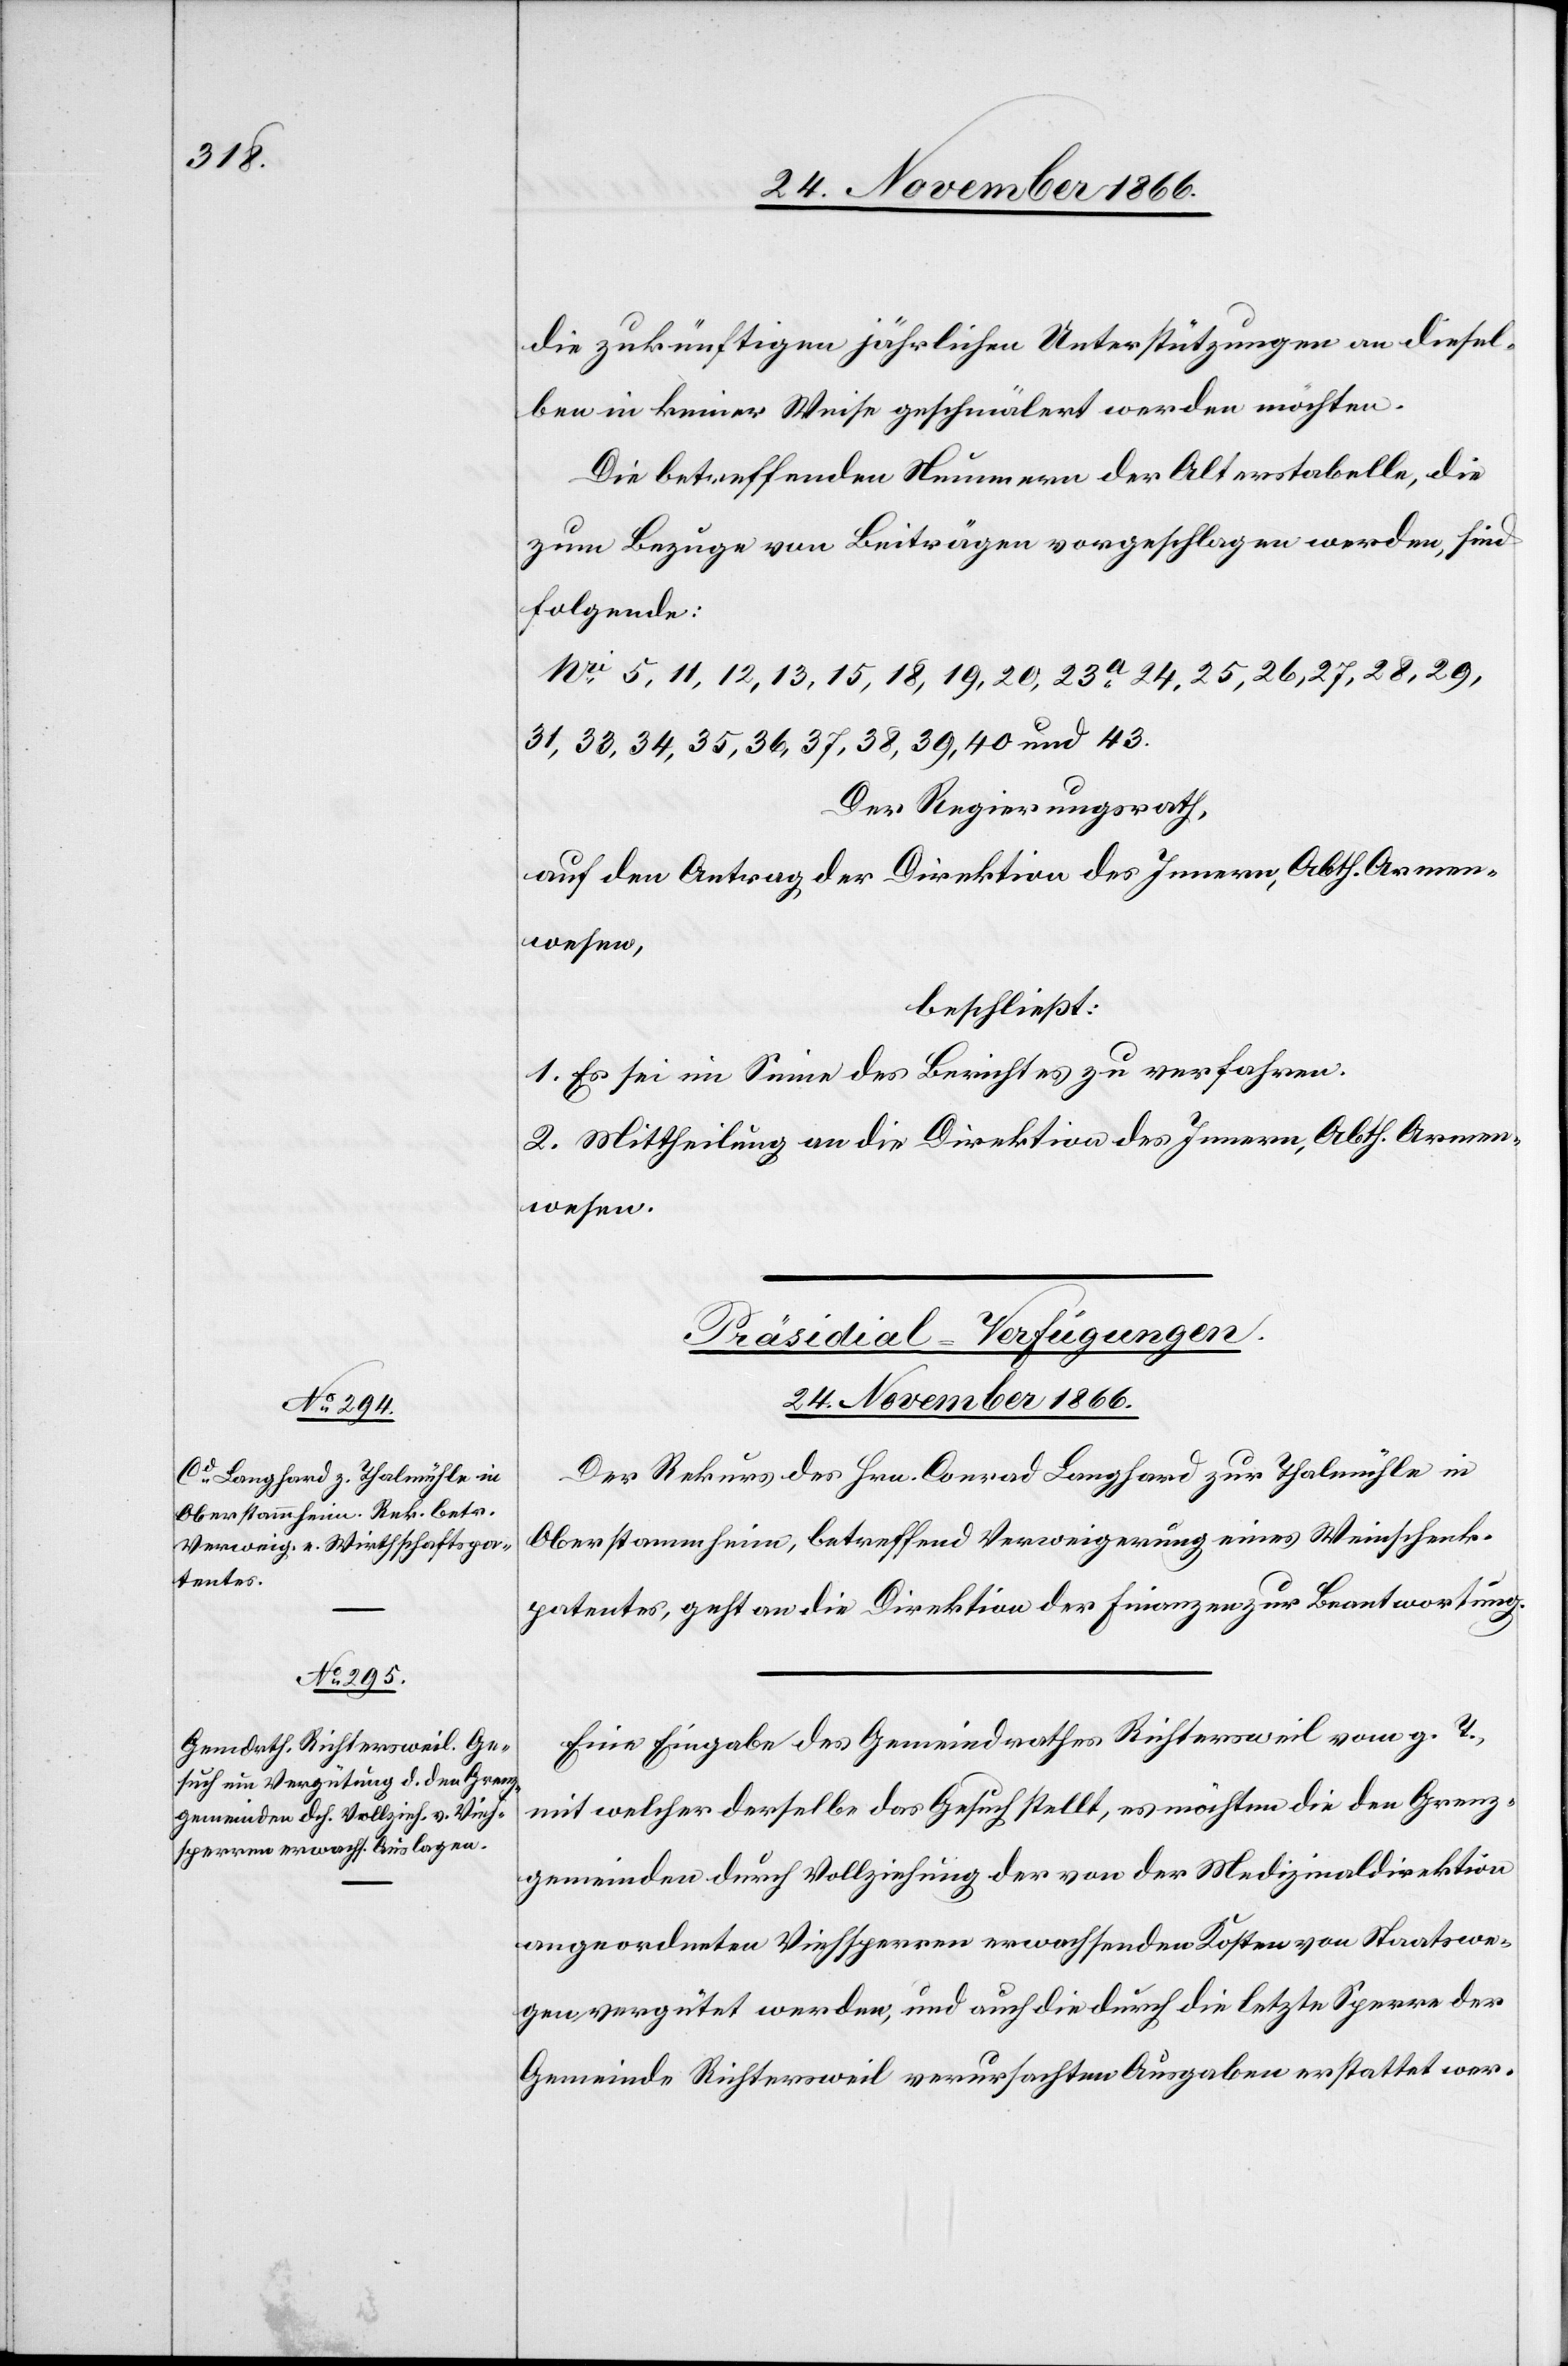
24. November 1866.]
die zukünftigen jährlichen Unterstützungen an diesel¬
ben in keiner Weise geschmälert werden möchten.
Die betreffenden Nummern der Alterstabelle, die
zum Bezuge von Beiträgen vorgeschlagen werden, sind
folgende:
No. 5, 11, 12, 13, 15, 18, 19, 20, 23a. 24, 25, 26, 27, 28, 29,
31, 33, 34, 35, 36, 37, 38, 39, 40 und 43.
Der Regierungsrath,
auf den Antrag der Direktion des Innern, Abth. Armen¬
wesen,
beschließt:
1. Es sei im Sinne des Berichtes zu verfahren.
2. Mittheilung an die Direktion des Innern, Abth. Armen¬
wesen.
[Präsidial-Verfügungen.
Der Rekurs des Hrn. Conrad Langhard zur Thalmühle in
Oberstammheim, betreffend Verweigerung eines Weinschenk¬
patentes, geht an die Direktion der Finanzen zur Beantwortung.
Eine Eingabe des Gemeindrathes Richtersweil vom g. T.,
mit welcher derselbe das Gesuch stellt, es möchten die den Grenz¬
gemeinden durch Vollziehung der von der Medizinaldirektion
angeordneten Viehsperren erwachsenden Kosten von Staatswe¬
gen vergütet werden, und auch die durch die letzte Sperre der
Gemeinde Richtersweil verursachten Ausgaben erstattet wer-